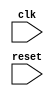
module reset_block (
    input wire clk,
    input wire reset,
    // other input/output ports
);

// Internal state variable
reg internal_state;

// Sensitivity list for positive edge of reset signal
always @(posedge reset) begin
    // Code to execute when reset signal goes from low to high
    // Initialize or reset internal variables and logic here
    internal_state <= 0;
    // Other reset actions
end

// Other code for the module

endmodule